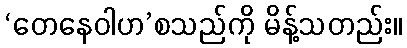
‘တေနေဝါဟ’စသည်ကို မိန့်သတည်း။